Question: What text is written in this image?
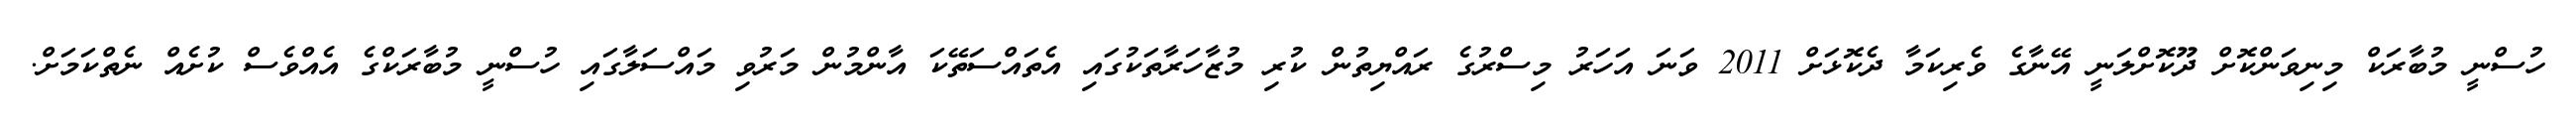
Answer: ހުސްނީ މުބާރަކް މިނިވަންކޮށް ދޫކޮށްލަނީ އޭނާގެ ވެރިކަމާ ދެކޮޅަށް 2011 ވަނަ އަހަރު މިސްރުގެ ރައްޔިތުން ކުރި މުޒާހަރާތަކުގައި އެތައްސަތޭކަ އާންމުން މަރުވި މައްސަލާގައި ހުސްނީ މުބާރަކްގެ އެއްވެސް ކުށެއް ނެތްކަމަށް.